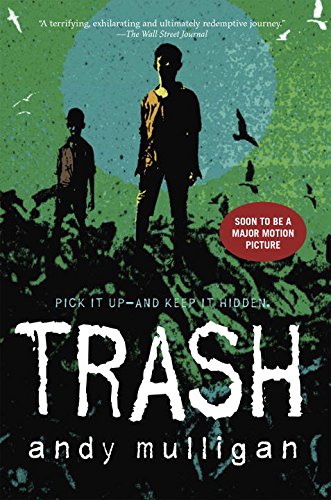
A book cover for Trash; Andy Mulligan; Teen & Young Adult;